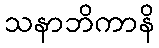
သနာဘိကာနိ